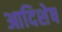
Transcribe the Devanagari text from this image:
आदिशेष